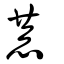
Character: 恭